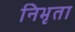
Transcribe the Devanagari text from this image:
निभृता